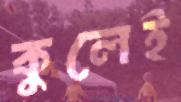
কুলেই